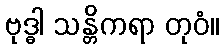
ဗုဒ္ဓါ သန္တိကရာ တုဝံ။